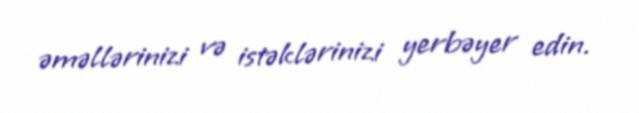
əməllərinizi və istəklərinizi yerbəyer edin.